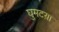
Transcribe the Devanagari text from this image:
घुमटय़ा